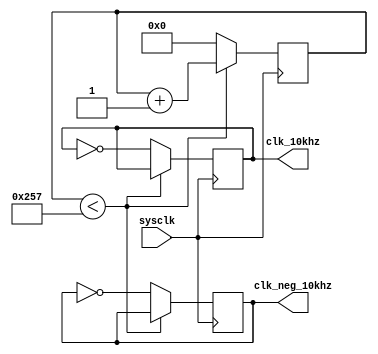
`timescale 1ns / 1ps
//////////////////////////////////////////////////////////////////////////////////
// Company: 
// Engineer: 
// 
// Design Name: 
// Module Name: Clk_10k
// Project Name: 
// Target Devices: 
// Tool Versions: 
// Description: 
// 
// Dependencies: 
// 
// Revision:
// Revision 0.01 - File Created
// Additional Comments:
// 
//////////////////////////////////////////////////////////////////////////////////


module Clk_10k(
    input sysclk,
    output reg clk_10khz = 0,
    output reg clk_neg_10khz = 1
    );
    
    reg [9:0] counter = 0;
    
    always @ (posedge sysclk) begin
        if (counter < 599) begin
            counter <= counter + 1;
        end else begin
            counter <= 0;
            clk_10khz <= ~clk_10khz;
            clk_neg_10khz <= ~ clk_neg_10khz;
        end
    end
endmodule